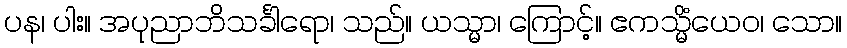
ပန၊ ပါး။ အပုညာဘိသင်္ခါရော၊ သည်။ ယသ္မာ၊ ကြောင့်။ ဧကသ္မိံယေဝ၊ သော။